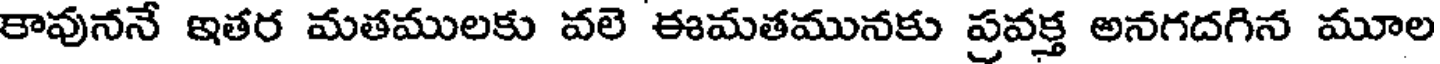
కావుననే ఇతర మతములకు వలె ఈమతమునకు ప్రవక్త అనగదగిన మూల